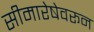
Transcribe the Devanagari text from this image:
सीमारेषेवरून